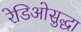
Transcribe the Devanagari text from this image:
रेडिओसुद्धा